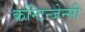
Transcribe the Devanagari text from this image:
कन्टिन्जेन्सी